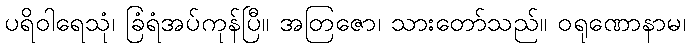
ပရိဝါရေသုံ၊ ခြံရံအပ်ကုန်ပြီ။ အတြဇော၊ သားတော်သည်။ ဝရုဏောနာမ၊